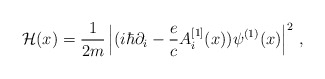
\begin{align*}{\cal H}(x)= {1 \over 2m} \left| (i \hbar \partial_i -{e\over c} A_i^{[1]}(x) )\psi^{(1)}(x) \right|^2\,,\end{align*}